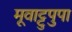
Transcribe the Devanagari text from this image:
मूवाट्टुपुपा